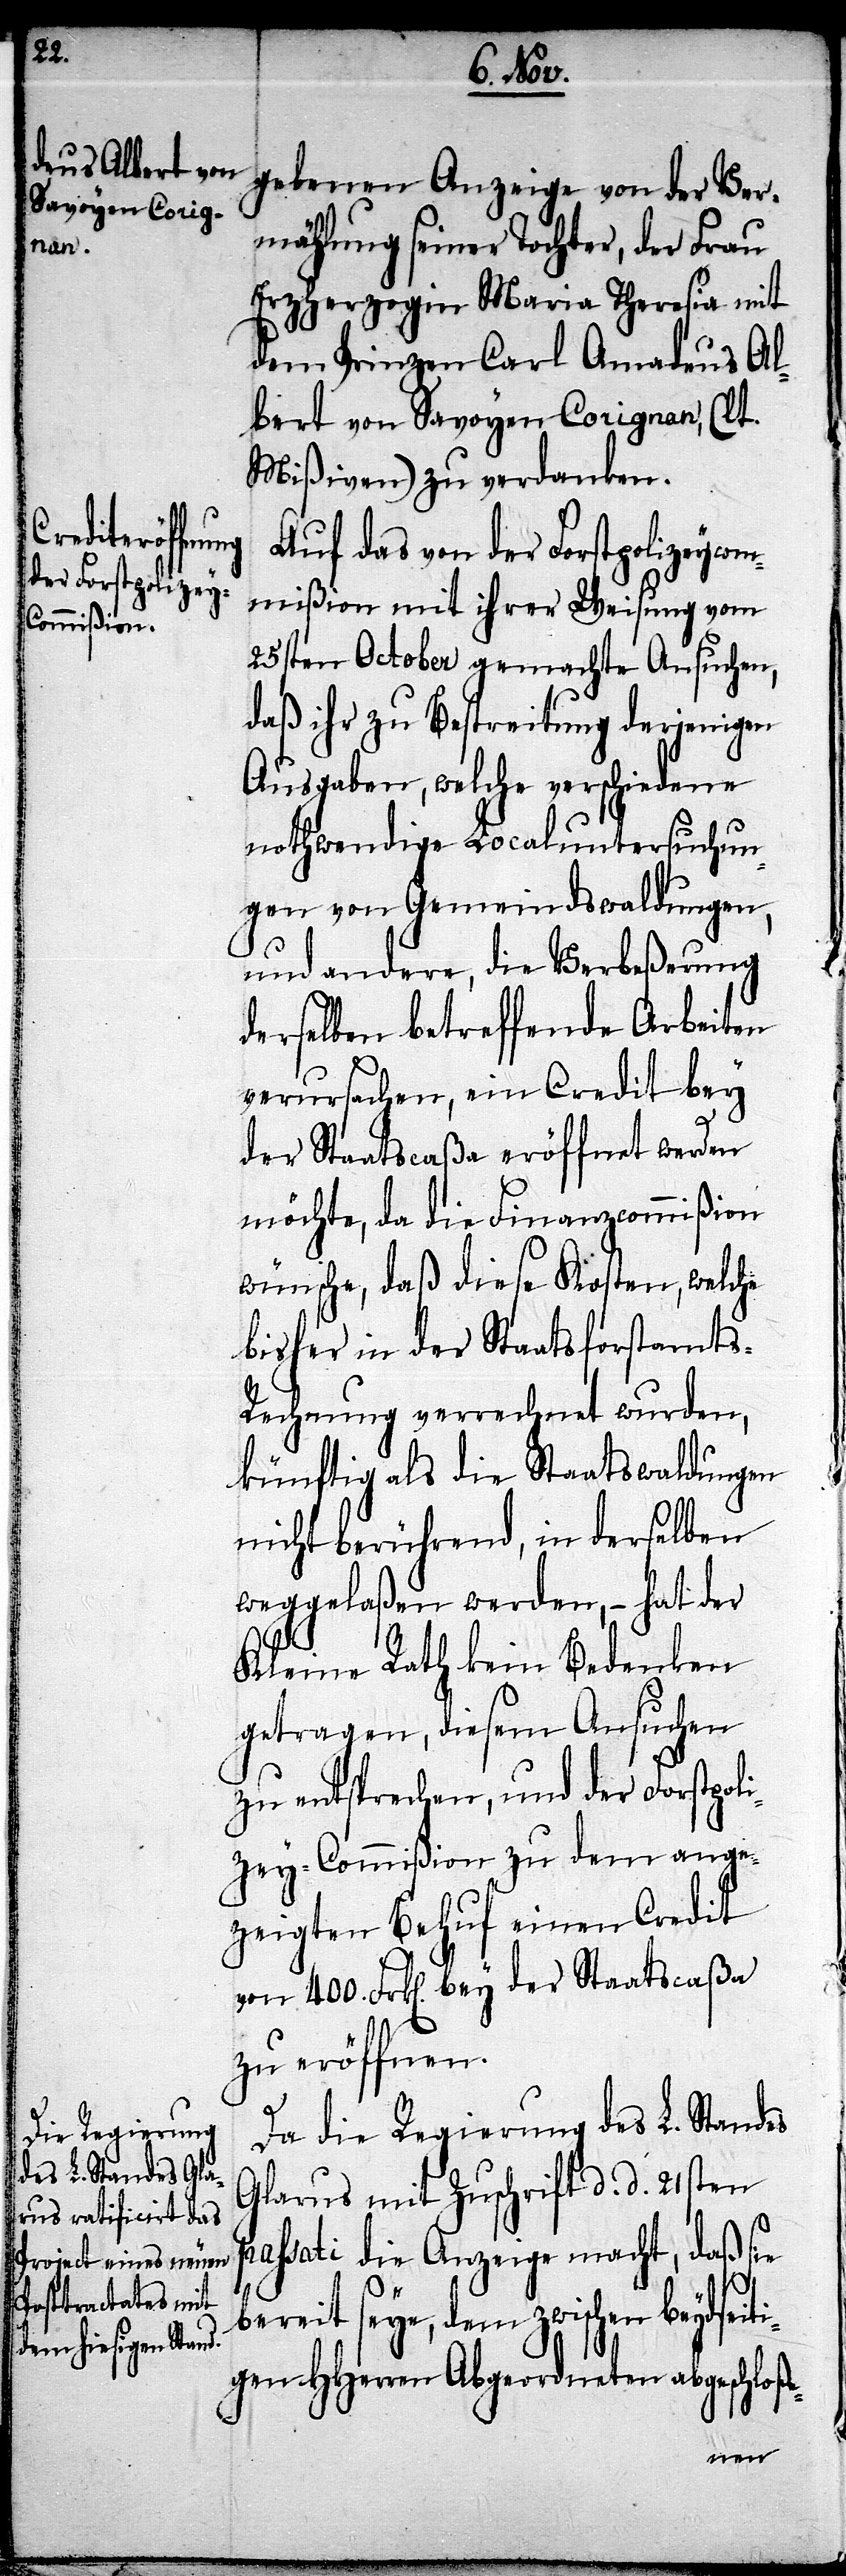
gebenen Anzeige von der Ver¬
mählung seiner Tochter, der Frau
Erzherzogin Maria Theresia mit
dem Prinzen Carl Amadeus Al¬
bert von Savoyen Corignan, (lt.
Mißiven) zu verdanken.
Auf das von der Forstpolizeycom¬
mißion mit ihrer Weisung vom
25sten October gemachte Ansuchen,
daß ihr zu Bestreitung derjenigen
Ausgaben, welche verschiedene
nothwendige Localuntersuchun¬
gen von Gemeindswaldungen,
und andere, die Verbeßerung
derselben betreffende Arbeiten
verursachen, ein Credit bey
der Staatscaßa eröffnet werden
möchte, da die Finanzcommißion
wünsche, daß diese Kosten, welche
bisher in der Staatsforstamt¬
s-Rechnung verrechnet wurden,
künftig als die Staatswaldungen
nicht berührend, in derselben
weggelaßen werden – hat der
Kleine Rath kein Bedenken
getragen, diesem Ansuchen
zu entsprechen, und der Forstpol¬
izey-Commißion zu dem ange¬
zeigten Behuf einen Credit
von 400. Frk[en]. bey der Staatscaßa
zu eröffnen.
Da die Regierung des L. Standes
Glarus mit Zuschrift d. d. 21sten
passati die Anzeige macht, daß sie
bereit seye, dem zwischen beydsei¬
gen HHerren Abgeordneten abgeschloße-
ti¬